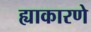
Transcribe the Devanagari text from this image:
ह्याकारणे